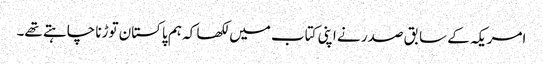
امریکہ کے سابق صدر نے اپنی کتاب میں لکھا کہ ہم پاکستان توڑنا چاہتے تھے۔